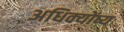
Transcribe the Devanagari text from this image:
अधिक्योंष्य